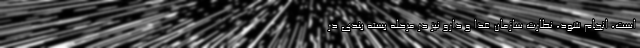
است، انجام شود، نظارت سازمان غذا و دارو نیز در مرحله بسته بندی در